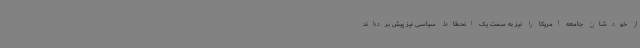
از خودشان جامعه آمریکا را نیز به سمت یک انحطاط سیاسی نیز پیش برده‌اند